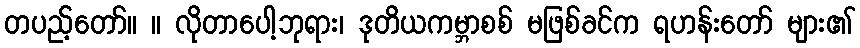
တပည့်တော်။ ။ လိုတာပေါ့ဘုရား၊ ဒုတိယကမ္ဘာစစ် မဖြစ်ခင်က ရဟန်းတော် များ၏